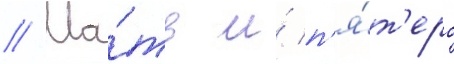
// Ма́ть и́ п'я́т'еро